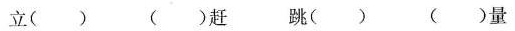
立（） （）赶 跳（） （）量